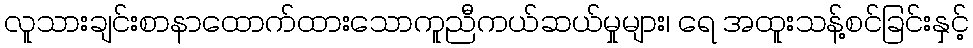
လူသားချင်းစာနာထောက်ထားသောကူညီကယ်ဆယ်မှုများ၊ ရေ အထူးသန့်စင်ခြင်းနှင့်